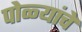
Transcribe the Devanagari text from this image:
पोळ्यांचे